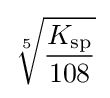
{\sqrt[{5}]{K_{{\ce {sp}}} \over 108}}